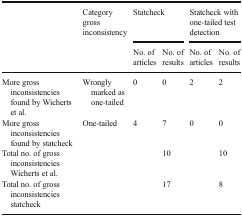
<table><thead><tr><td rowspan="2"></td><td rowspan="2"><b>Category gross inconsistency</b></td><td colspan="2"><b>Statcheck</b></td><td colspan="2"><b>Statcheck with one-tailed test detection</b></td></tr><tr><td><b>No. of articles</b></td><td><b>No. of results</b></td><td><b>No. of articles</b></td><td><b>No. of results</b></td></tr></thead><tbody><tr><td>More gross inconsistencies found by Wicherts et al.</td><td>Wrongly marked as one-tailed</td><td>0</td><td>0</td><td>2</td><td>2</td></tr><tr><td>More gross inconsistencies found by statcheck</td><td>One-tailed</td><td>4</td><td>7</td><td>0</td><td>0</td></tr><tr><td>Total no. of gross inconsistencies Wicherts et al.</td><td></td><td></td><td>10</td><td></td><td>10</td></tr><tr><td>Total no. of gross inconsistencies statcheck</td><td></td><td></td><td>17</td><td></td><td>8</td></tr></tbody></table>